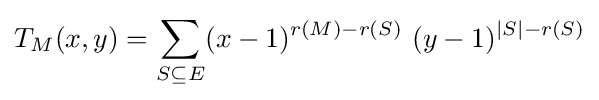
T_{M}(x,y)=\sum _{S\subseteq E}(x-1)^{r(M)-r(S)}\ (y-1)^{|S|-r(S)}